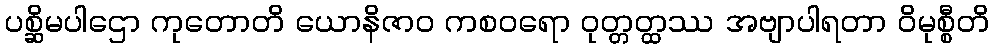
ပစ္ဆိမပါဌော ကုတောတိ ယောနိဇာဝ ကစဝရော ဝုတ္တတ္ထဿ အဗျာပါရတာ ဝိမုစ္စီတိ